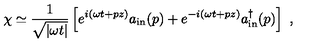
\chi \simeq \frac { 1 } { \sqrt { | \omega t | } } \left[ e ^ { i ( \omega t + p z ) } a _ { \mathrm { i n } } ( p ) + e ^ { - i ( \omega t + p z ) } a _ { \mathrm { i n } } ^ { \dagger } ( p ) \right] \ ,